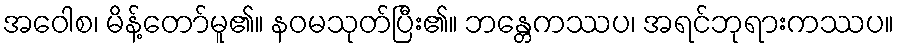
အဝေါစ၊ မိန့်တော်မူ၏။ နဝမသုတ်ပြီး၏။ ဘန္တေကဿပ၊ အရင်ဘုရားကဿပ။